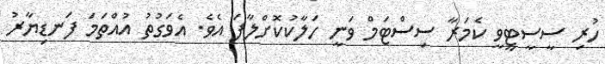
ހުރި ސީސީޓީވީ ކެމަރާ ސިސްޓަމް ވަނީ ހަލާކުކޮށްލާފަ އެވެ. އެވަގުތު އުއްތަމަ ފަނޑިޔާރު